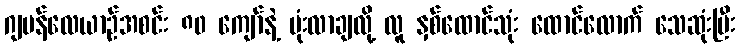
ဂျပန်လေယာဉ်အစင်း ၈၀ ကျော်နဲ့ ဗုံးလာချလို့ လူ နှစ်ထောင်သုံး ထောင်လောက် သေဆုံးပြီး